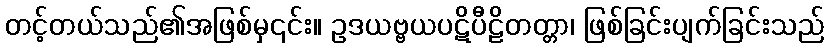
တင့်တယ်သည်၏အဖြစ်မှ၎င်း။ ဥဒယဗ္ဗယပဋိပီဠိတတ္တာ၊ ဖြစ်ခြင်းပျက်ခြင်းသည်